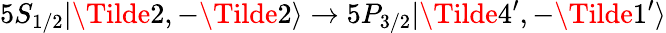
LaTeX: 5S_{1/2}|\Tilde{2},-\Tilde{2}\rangle\rightarrow 5P_{3/2}|\Tilde{4}^{\prime},-\Tilde{1}^{\prime}\rangle